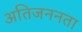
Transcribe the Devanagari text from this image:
अतिजननता